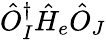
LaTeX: \hat{O}_{I}^{\dagger}\hat{H}_{e}\hat{O}_{J}